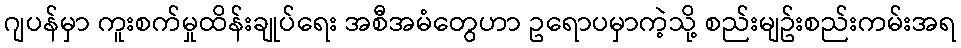
ဂျပန်မှာ ကူးစက်မှုထိန်းချုပ်ရေး အစီအမံတွေဟာ ဥရောပမှာကဲ့သို့ စည်းမျဥ်းစည်းကမ်းအရ